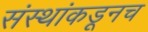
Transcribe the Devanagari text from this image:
संस्थांकडूनच